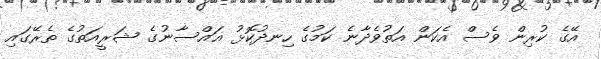
އޭގެ ކުރިން ވެސް އެކަން އަތުވެދާނެ ކަމުގެ ހިނދުކޮޅު ޣައްސާނުގެ ޝަރީއަތުގެ ތެރޭގައި